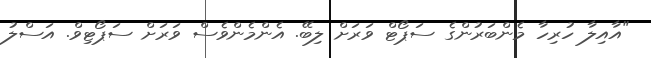
"އާއިލާ ހުރިހާ މެންބަރުންގެ ސަޕޯޓް ވަރަށް ލިބޭ. އެންމެންވެސް ވަރަށް ސަޕޯޓިވް. އަސްލު